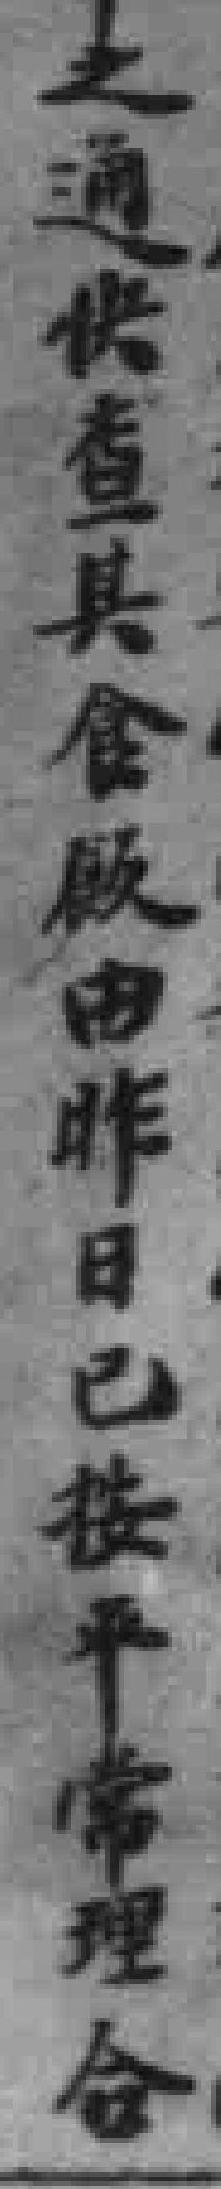
之通快查具食服由昨日已按平常理合